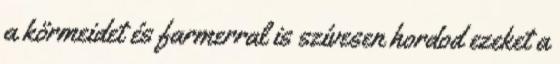
a körmeidet és farmerral is szívesen hordod ezeket a